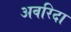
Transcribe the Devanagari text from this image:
अवरिदा